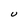
Character: U